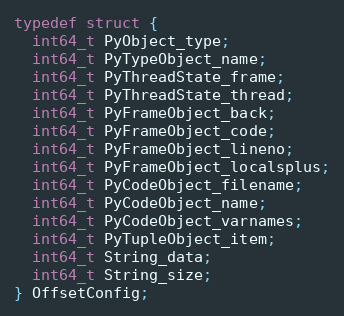
Language: C
typedef struct {
  int64_t PyObject_type;
  int64_t PyTypeObject_name;
  int64_t PyThreadState_frame;
  int64_t PyThreadState_thread;
  int64_t PyFrameObject_back;
  int64_t PyFrameObject_code;
  int64_t PyFrameObject_lineno;
  int64_t PyFrameObject_localsplus;
  int64_t PyCodeObject_filename;
  int64_t PyCodeObject_name;
  int64_t PyCodeObject_varnames;
  int64_t PyTupleObject_item;
  int64_t String_data;
  int64_t String_size;
} OffsetConfig;